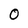
Character: 0